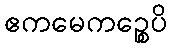
ဧကမေကဉ္စေပိ